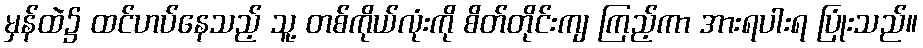
မှန်ထဲ၌ ထင်ဟပ်နေသည့် သူ့ တစ်ကိုယ်လုံးကို စိတ်တိုင်းကျ ကြည့်ကာ အားရပါးရ ပြုံးသည်။